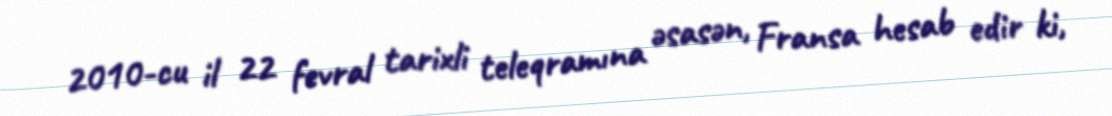
2010-cu il 22 fevral tarixli teleqramına əsasən, Fransa hesab edir ki,